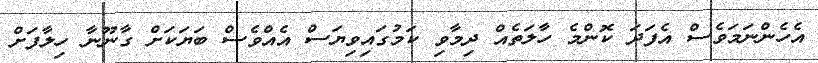
އެހެންނަމަވެސް އެފަދަ ކޮންމެ ހާލަތެއް ދިމާވި ކަމުގައިވިޔަސް އެއްވެސް ބަޔަކަށް ގާނޫނާ ހިލާފަށް